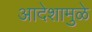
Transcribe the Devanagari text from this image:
आदेशामुळे